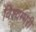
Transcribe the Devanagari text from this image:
विश्वम्भरी